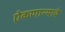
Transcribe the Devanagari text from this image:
ऐकणाऱ्याचे